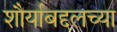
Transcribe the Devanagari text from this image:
शौर्याबद्दलच्या